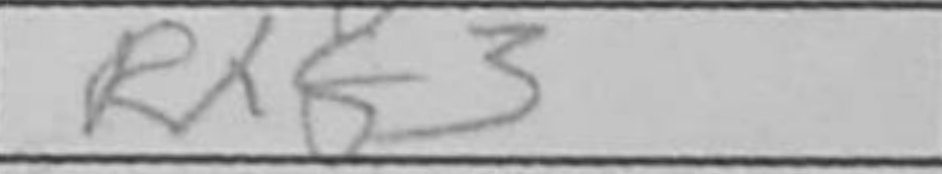
Transcription: Rxf3